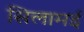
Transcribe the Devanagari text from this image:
सिलामई